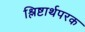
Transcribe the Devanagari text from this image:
श्लिष्टार्थपरक